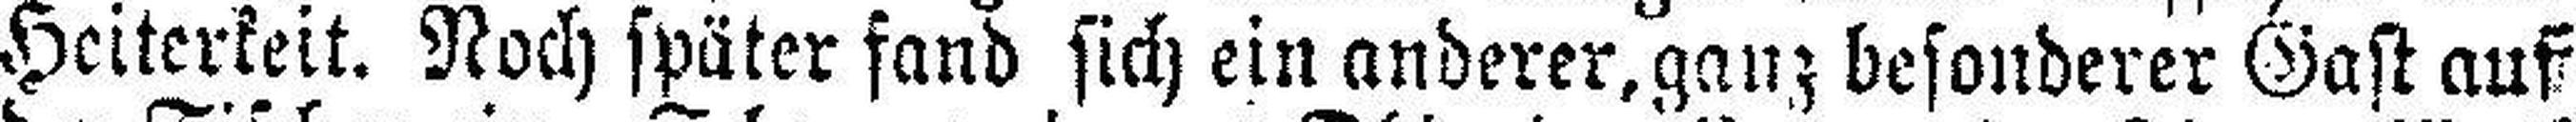
Heiterkeit. Noch später fand sich ein anderer, ganz besonderer Gast auf